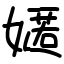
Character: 嫟